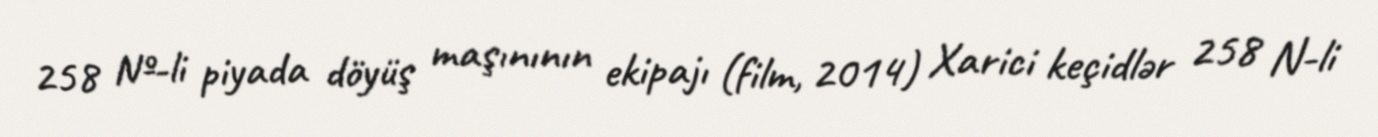
258 №-li piyada döyüş maşınının ekipajı (film, 2014) Xarici keçidlər 258 N-li